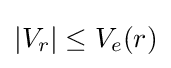
|V_{r}|\leq V_{e}(r)